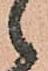
之